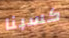
كسبنا